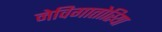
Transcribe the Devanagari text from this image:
नेविगातोरिया